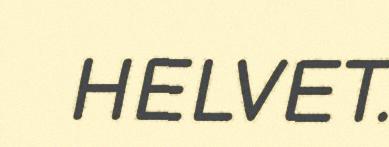
HELVET.